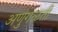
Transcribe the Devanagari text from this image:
अणुगळती